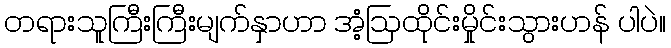
တရားသူကြီးကြီးမျက်နှာဟာ အံ့ဩထိုင်းမှိုင်းသွားဟန် ပါပဲ။